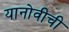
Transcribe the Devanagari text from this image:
यानोवीची